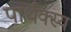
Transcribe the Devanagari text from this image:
पार्थक्स्य